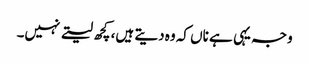
وجہ یہی ہے ناں کہ وہ دیتے ہیں، کچھ لیتے نہیں۔